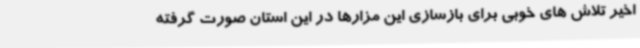
اخیر تلاش های خوبی برای بازسازی این مزارها در این استان صورت گرفته